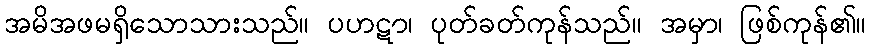
အမိအဖမရှိသောသားသည်။ ပဟဋာ၊ ပုတ်ခတ်ကုန်သည်။ အမှာ၊ ဖြစ်ကုန်၏။